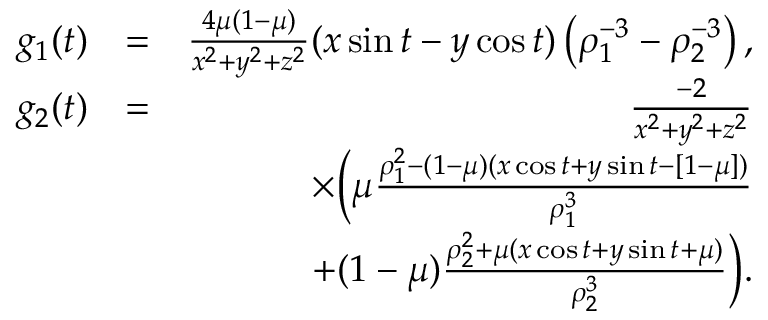
\begin{array} { r l r } { g _ { 1 } ( t ) } & { = } & { \frac { 4 \mu ( 1 - \mu ) } { x ^ { 2 } + y ^ { 2 } + z ^ { 2 } } ( x \sin { t } - y \cos { t } ) \left( \rho _ { 1 } ^ { - 3 } - \rho _ { 2 } ^ { - 3 } \right) , } \\ { g _ { 2 } ( t ) } & { = } & { \frac { - 2 } { x ^ { 2 } + y ^ { 2 } + z ^ { 2 } } } \\ & { } & { \quad \times \bigg ( \mu \frac { \rho _ { 1 } ^ { 2 } - ( 1 - \mu ) ( x \cos { t } + y \sin { t } - [ 1 - \mu ] ) } { \rho _ { 1 } ^ { 3 } } } \\ & { } & { \quad \mathrm + ( 1 - \mu ) \frac { \rho _ { 2 } ^ { 2 } + \mu ( x \cos { t } + y \sin { t } + \mu ) } { \rho _ { 2 } ^ { 3 } } \bigg ) . } \end{array}